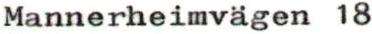
Mannerheimvägen 18